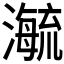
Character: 𬉕